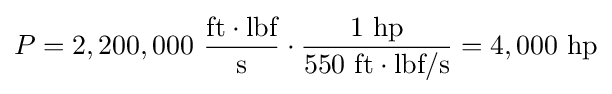
P=2,200,000~{\frac {{\text{ft}}\cdot {\text{lbf}}}{\text{s}}}\cdot {\frac {1~{\text{hp}}}{550~{\text{ft}}\cdot {\text{lbf}}/{\text{s}}}}=4,000~{\text{hp}}